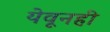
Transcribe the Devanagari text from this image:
येवूनही